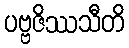
ပဗ္ဗဇိဿသီတိ